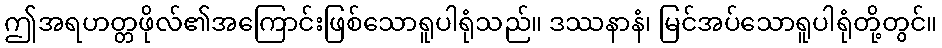
ဤအရဟတ္တဖိုလ်၏အကြောင်းဖြစ်သောရူပါရုံသည်။ ဒဿနာနံ၊ မြင်အပ်သောရူပါရုံတို့တွင်။